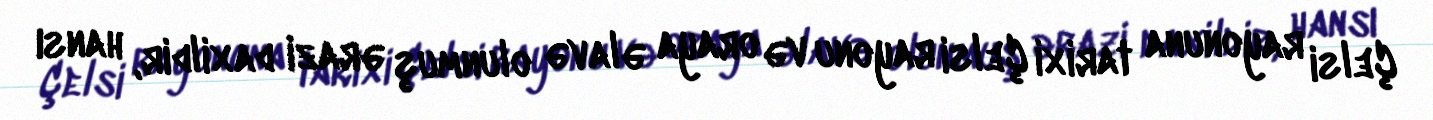
Çelsi rayonuna tarixi Çelsi rayonu və oraya əlavə olunmuş ərazi daxildir, hansı